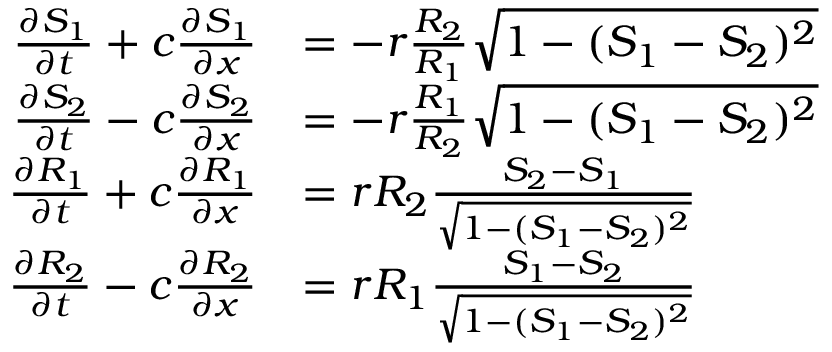
\begin{array} { r l } { \frac { \partial S _ { 1 } } { \partial t } + c \frac { \partial S _ { 1 } } { \partial x } } & { = - r \frac { R _ { 2 } } { R _ { 1 } } \sqrt { 1 - ( S _ { 1 } - S _ { 2 } ) ^ { 2 } } } \\ { \frac { \partial S _ { 2 } } { \partial t } - c \frac { \partial S _ { 2 } } { \partial x } } & { = - r \frac { R _ { 1 } } { R _ { 2 } } \sqrt { 1 - ( S _ { 1 } - S _ { 2 } ) ^ { 2 } } } \\ { \frac { \partial R _ { 1 } } { \partial t } + c \frac { \partial R _ { 1 } } { \partial x } } & { = r R _ { 2 } \frac { S _ { 2 } - S _ { 1 } } { \sqrt { 1 - ( S _ { 1 } - S _ { 2 } ) ^ { 2 } } } } \\ { \frac { \partial R _ { 2 } } { \partial t } - c \frac { \partial R _ { 2 } } { \partial x } } & { = r R _ { 1 } \frac { S _ { 1 } - S _ { 2 } } { \sqrt { 1 - ( S _ { 1 } - S _ { 2 } ) ^ { 2 } } } } \end{array}